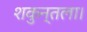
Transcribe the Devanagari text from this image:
शकुन्तला।